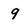
Character: 9